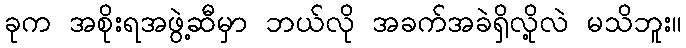
ခုက အစိုးရအဖွဲ့ဆီမှာ ဘယ်လို အခက်အခဲရှိလို့လဲ မသိဘူး။